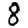
Digit: 8